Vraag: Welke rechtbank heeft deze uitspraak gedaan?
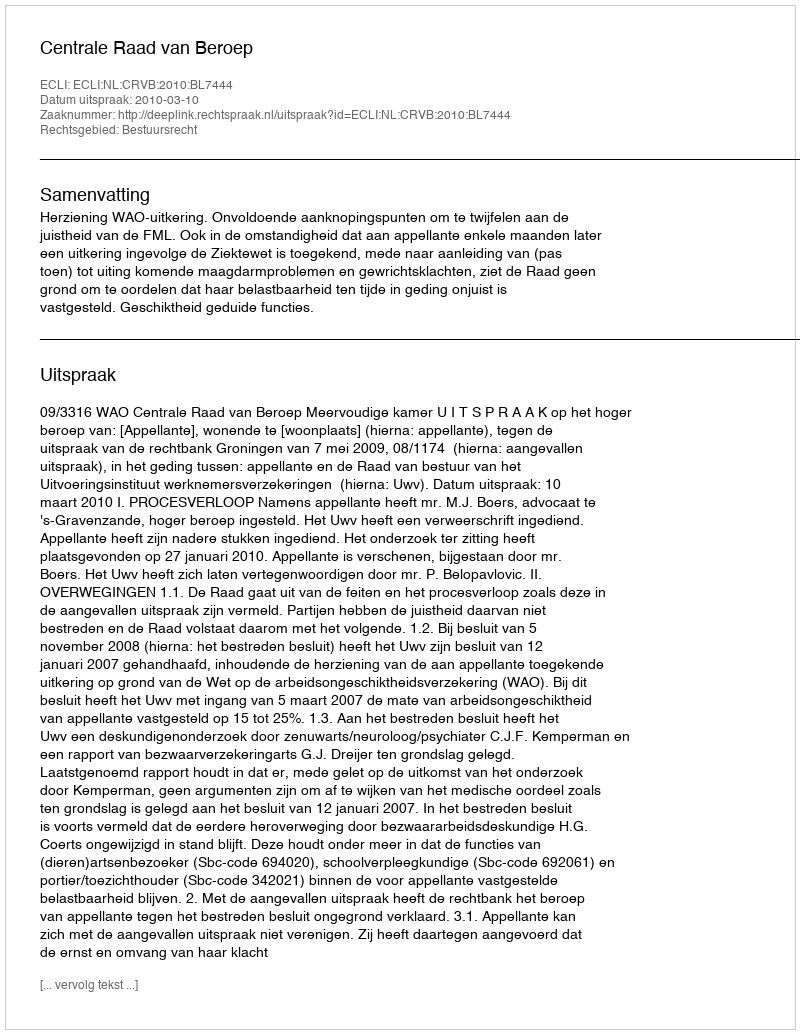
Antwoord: Centrale Raad van Beroep